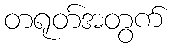
တရုတ်အတွက်